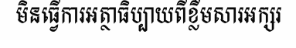
មិនធ្វើការអត្ថាធិប្បាយពីខ្លឹមសារអក្សរ